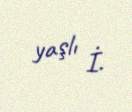
yaşlı İ.